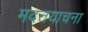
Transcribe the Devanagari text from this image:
मदतयाचना